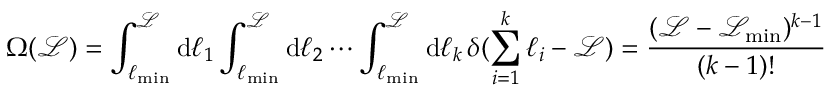
\Omega ( \mathcal { L } ) = \int _ { \ell _ { \mathrm { m i n } } } ^ { \mathcal { L } } \mathrm { d } \ell _ { 1 } \int _ { \ell _ { \mathrm { m i n } } } ^ { \mathcal { L } } \mathrm { d } \ell _ { 2 } \cdots \int _ { \ell _ { \mathrm { m i n } } } ^ { \mathcal { L } } \mathrm { d } \ell _ { k } \, \delta ( \sum _ { i = 1 } ^ { k } \ell _ { i } - \mathcal { L } ) = \frac { ( \mathcal { L } - \mathcal { L } _ { \mathrm { m i n } } ) ^ { k - 1 } } { ( k - 1 ) ! }